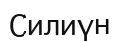
Силиүн